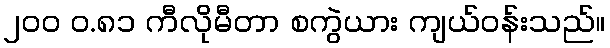
၂၀၀ ဝ.၈၁ ကီလိုမီတာ စကွဲယား ကျယ်ဝန်းသည်။